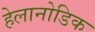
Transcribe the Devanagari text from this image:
हेलानोडिक